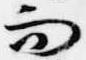
而